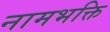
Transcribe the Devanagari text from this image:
नामभक्ति